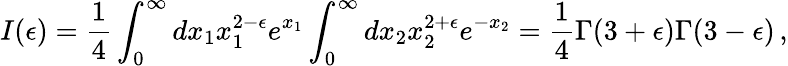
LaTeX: I(\epsilon)={\frac{1}{4}}\int_{0}^{\infty}dx_{1}x_{1}^{2-\epsilon}e^{x_{1}}\int_{0}^{\infty}dx_{2}x_{2}^{2+\epsilon}e^{-x_{2}}={\frac{1}{4}}\Gamma(3+\epsilon)\Gamma(3-\epsilon)\, ,